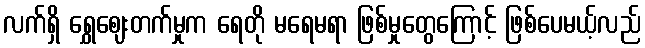
လက်ရှိ ရွှေဈေးတက်မှုက ရေတို မရေမရာ ဖြစ်မှုတွေကြောင့် ဖြစ်ပေမယ့်လည်